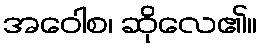
အဝေါစ၊ ဆိုလေ၏။